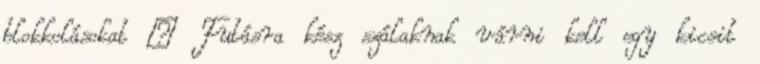
blokkolásokat – Futásra kész szálaknak várni kell egy kicsit